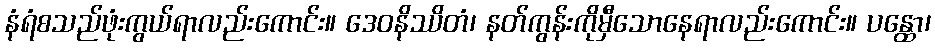
နံရံစသည်ဖုံးကွယ်ရာလည်းကောင်း။ ဒေဝနိဿိတံ၊ နတ်ကွန်းကိုမှီသောနေရာလည်းကောင်း။ ပန္ထော၊